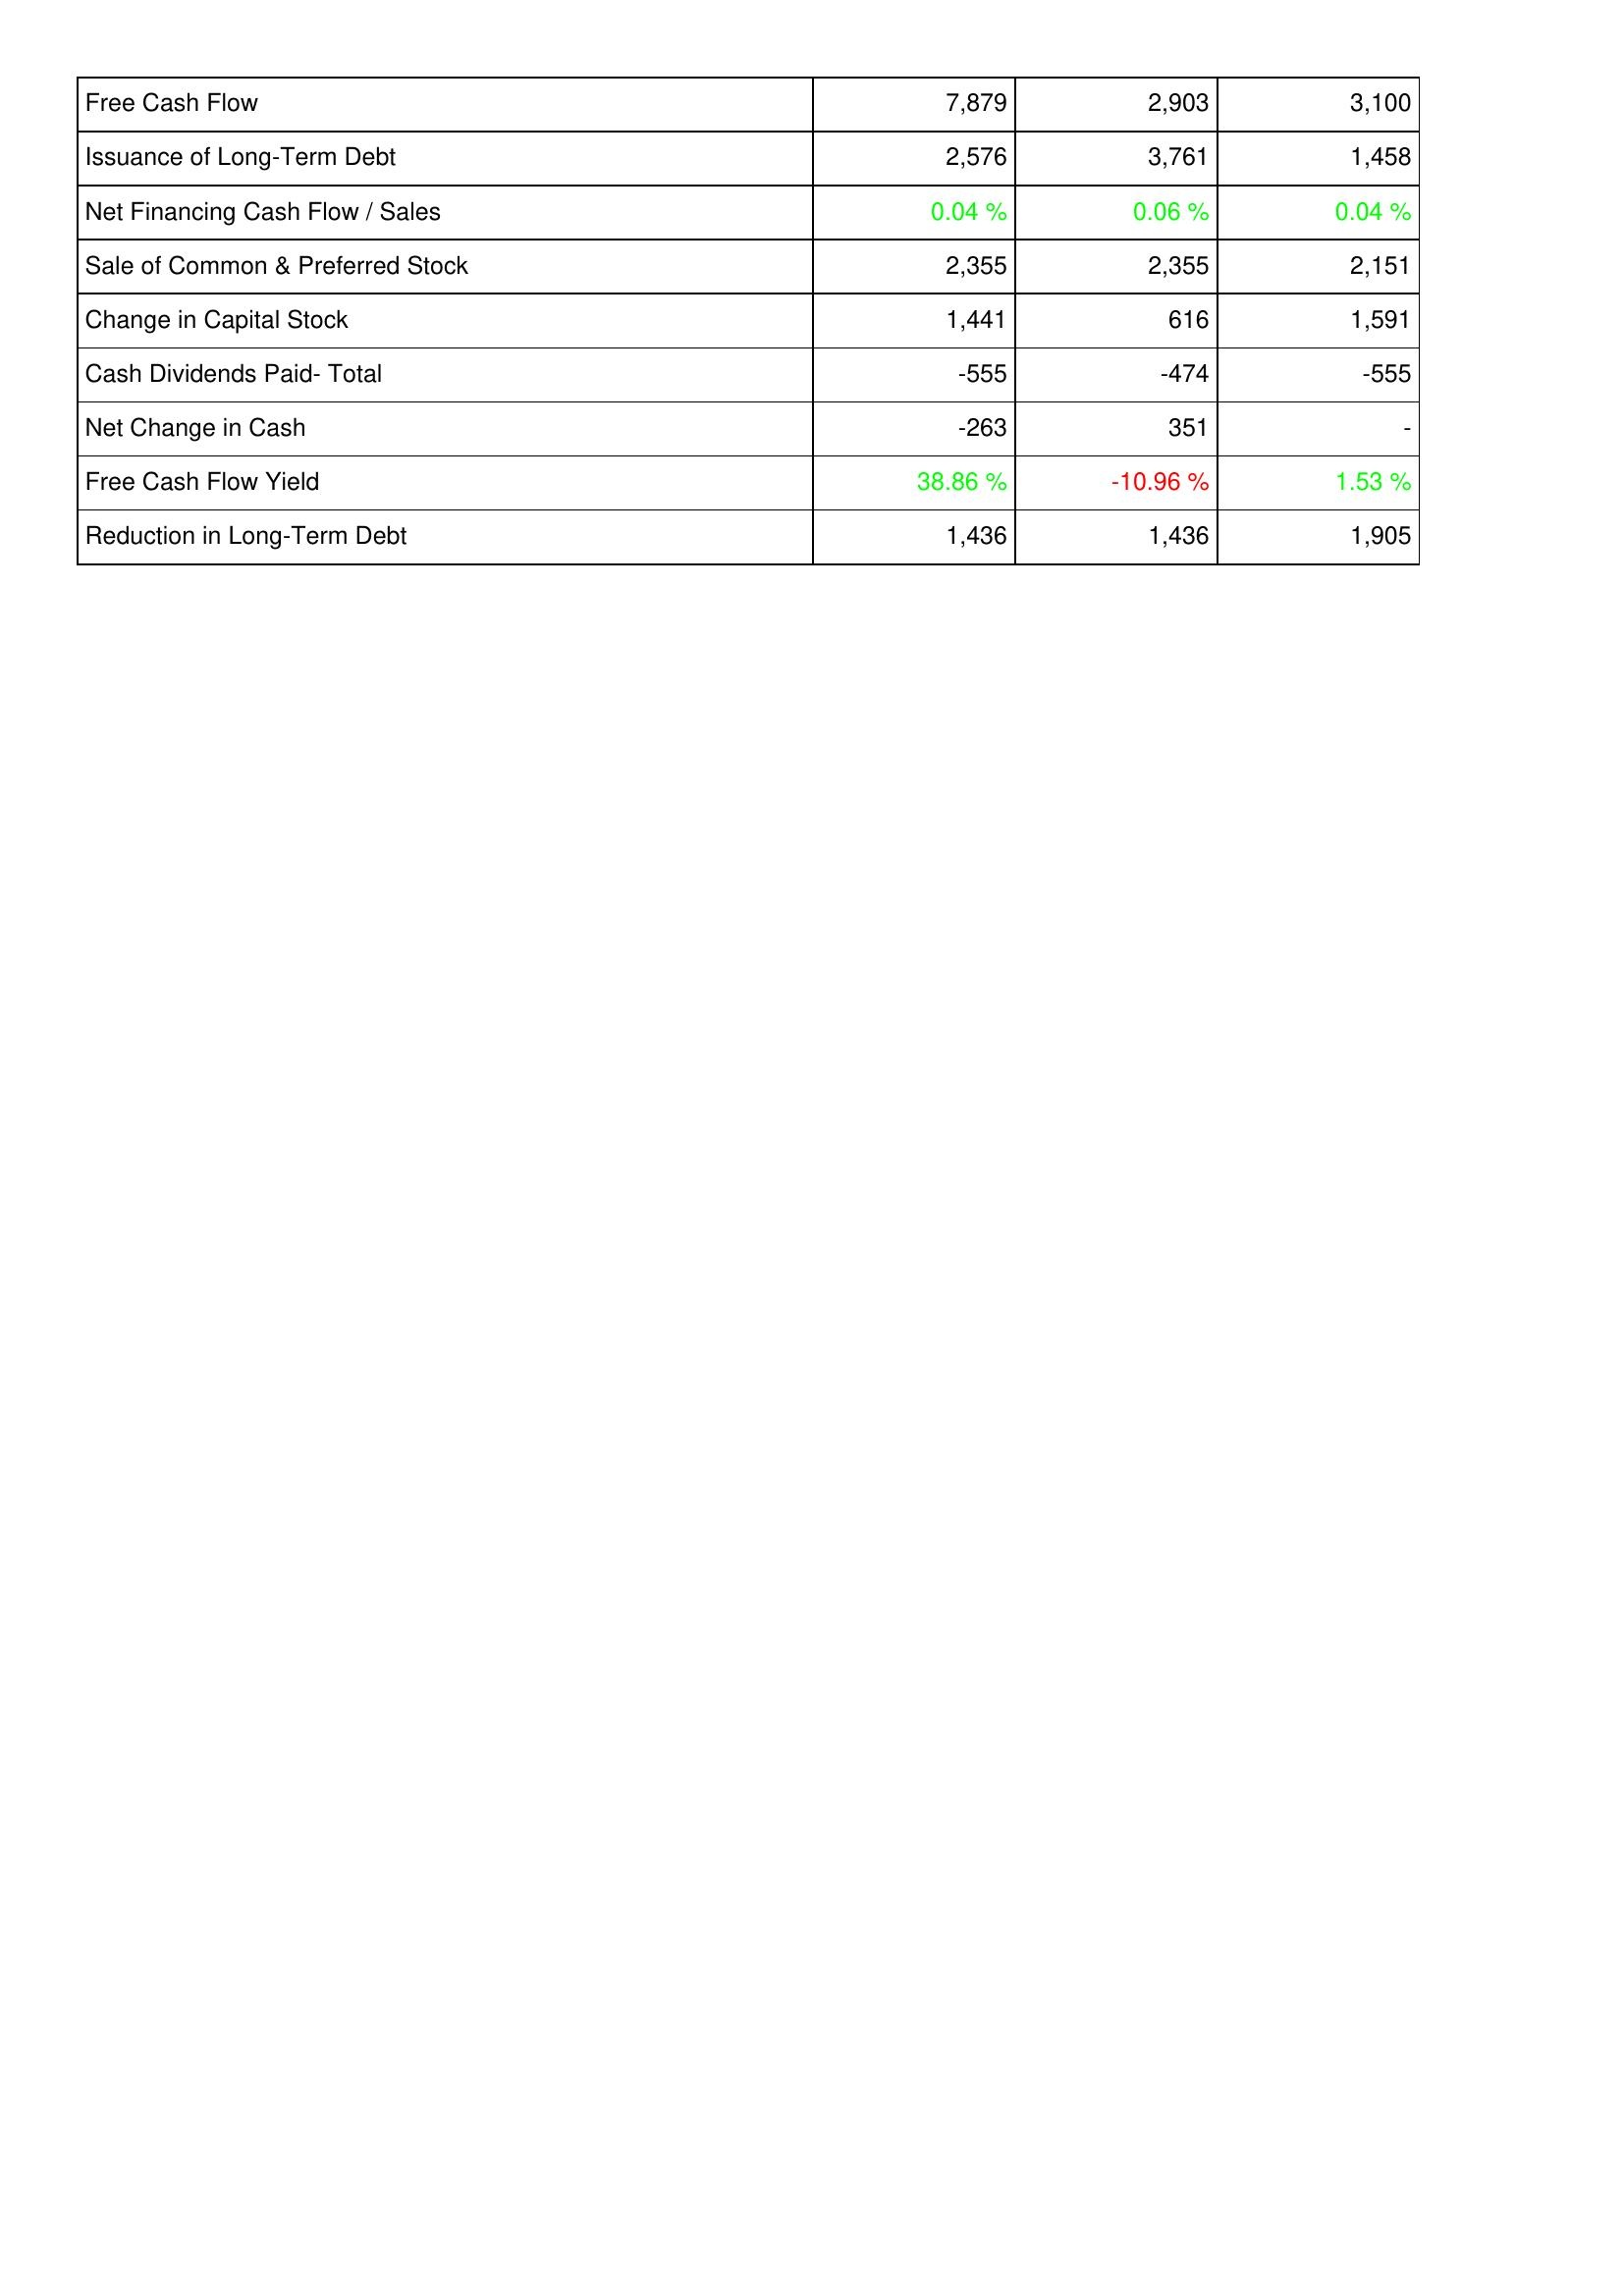
2017: Financing Activities: Free Cash Flow: 7,879
Issuance of Long-Term Debt: 2,576
Net Financing Cash Flow / Sales: 0.04 %
Sale of Common & Preferred Stock: 2,355
Change in Capital Stock: 1,441
Cash Dividends Paid- Total: -555
Net Change in Cash: -263
Free Cash Flow Yield: 38.86 %
Reduction in Long-Term Debt: 1,436
2016: Financing Activities: Free Cash Flow: 2,903
Issuance of Long-Term Debt: 3,761
Net Financing Cash Flow / Sales: 0.06 %
Sale of Common & Preferred Stock: 2,355
Change in Capital Stock: 616
Cash Dividends Paid- Total: -474
Net Change in Cash: 351
Free Cash Flow Yield: -10.96 %
Reduction in Long-Term Debt: 1,436
2015: Financing Activities: Free Cash Flow: 3,100
Issuance of Long-Term Debt: 1,458
Net Financing Cash Flow / Sales: 0.04 %
Sale of Common & Preferred Stock: 2,151
Change in Capital Stock: 1,591
Cash Dividends Paid- Total: -555
Net Change in Cash: -
Free Cash Flow Yield: 1.53 %
Reduction in Long-Term Debt: 1,905